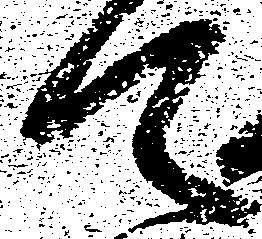
て